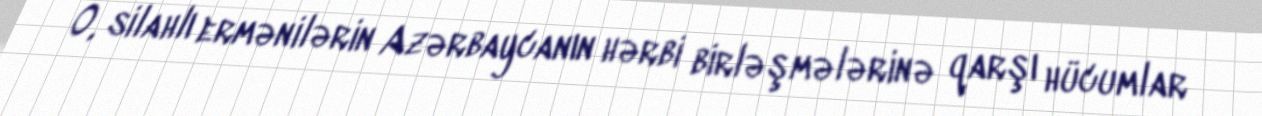
O, silahlı ermənilərin Azərbaycanın hərbi birləşmələrinə qarşı hücumlar